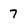
Character: 7